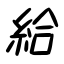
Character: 給